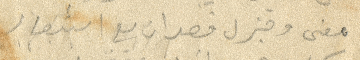
معنى وجزل قصد ان مع الشعار